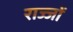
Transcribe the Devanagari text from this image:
राज्जों